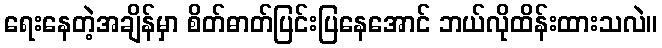
ရေးနေတဲ့အချိန်မှာ စိတ်ဓာတ်ပြင်းပြနေအောင် ဘယ်လိုထိန်းထားသလဲ။